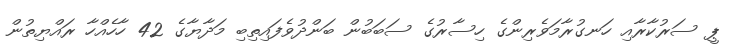
ޕީ ސަރުކާރާއި ހަނގުރާމަވެރިންގެ ހިސާރުގެ ސަބަބުން ބަންދުވެފައިތިބި މަދާޔާގެ 42 ހާހެއްހާ ރައްޔިތުން